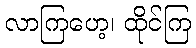
လာကြဟေ့၊ ထိုင်ကြ